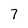
Character: 7